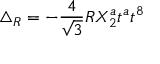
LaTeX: \triangle _ { R } = - \frac { 4 } { \sqrt { 3 } } R X _ { 2 } ^ { a } t ^ { a } t ^ { 8 }